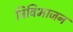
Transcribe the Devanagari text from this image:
त्रिविभाजन